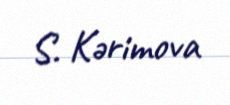
S. Kərimova